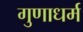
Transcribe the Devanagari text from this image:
गुणाधर्म